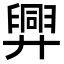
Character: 𢍯